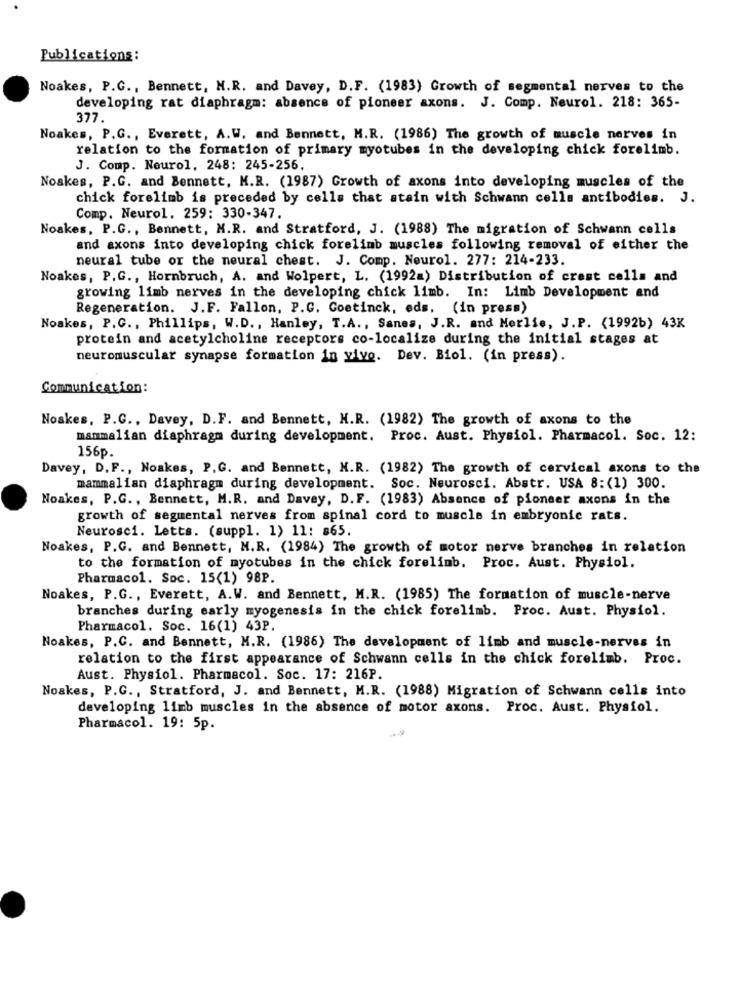
Publications:
Noakes, P.G ., Bennett, H.R. and Davey, D.F. (1983) Growth of segmental nerves to the
developing rat diaphragm: absence of pioneer axons. J. Comp. Neurol. 218: 365-
377.
Noakes, P.G ., Everett, A.W. and Bennett, M.R. (1986) The growth of muscle nerves in
relation to the formation of primary myotubes in the developing chick forelimb.
J. Comp. Neurol, 248: 245-256.
Noakes, P.G. and Bennett, M.R. (1987) Growth of axons into developing muscles of the
chick forelimb is preceded by cells that stain with Schwann cells antibodies. J.
Comp. Neurol. 259: 330-347.
Noakes, P.G ., Bennett, N.R. and Stratford, J. (1988) The migration of Schwann cells
and axons into developing chick forelimb muscles following removal of either the
neural tube or the neural chest. J. Comp. Neurol. 277: 214-233.
Noakes, P.G ., Hornbruch, A. and Wolpert, L. (1992a) Distribution of crest cells and
growing limb nerves in the developing chick limb. In: Limb Development and
Regeneration. J.F. Fallon, P.G. Coetinck, eds. (in press)
Noakes, P.C ., Phillips, W.D ., Hanley, T.A ., Sanes, J.R. and Morlie, J.P. (1992b) 43K
protein and acetylcholine receptors co-localize during the initial stages at
neuromuscular synapse formation in vivo. Dev. Biol. (in press).
Communication:
Noakes, P.C ., Davey, D.F. and Bennett, H.R. (1982) The growth of axons to the
mammalian diaphragm during development. Proc. Aust. Physiol. Pharmacol. Soc. 12:
156p.
Davey, D. F ., Noakes, P.G. and Bennett, N.R. (1982) The growth of cervical axons to the
mammalian diaphragm during development. Soc. Neurosci. Abstr. USA 8:(1) 300.
Noakes, P.G ., Bennett, M.R. and Davey, D.F. (1983) Absence of pioneer axons in the
growth of segmental nerves from spinal cord to muscle in embryonic rats.
Neurosci. Letts. (suppl. 1) 11: 865.
Noakes, P.G. and Bennett, H.R. (1984) The growth of motor nerve branches in relation
to the formation of myotubes in the chick forelimb. Proc. Aust. Physiol.
Pharmacol. Soc. 15(1) 98P.
Noakes, P.G ., Everett, A.W. and Bennett, M.R. (1985) The formation of muscle-nerve
branches during early myogenesis in the chick forelimb. Proc. Aust. Physiol.
Pharmacol. Soc. 16(1) 43P.
Noakes, P.C. and Bennett, M.R. (1986) The development of limb and muscle-nerves in
relation to the first appearance of Schwann cells in the chick forelimb. Proc.
Aust. Physiol. Pharmacol. Soc. 17: 216P.
Noakes, P.C ., Stratford, J. and Bennett, M.R. (1988) Migration of Schwann cells into
developing limb muscles in the absence of motor axons. Proc. Aust. Physiol.
Pharmacol. 19: 5p.